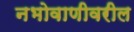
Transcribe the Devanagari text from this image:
नभोवाणीवरील